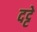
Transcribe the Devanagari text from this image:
दट्टे